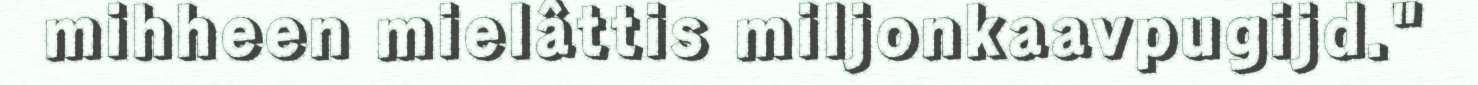
mihheen mielâttis miljonkaavpugijd."